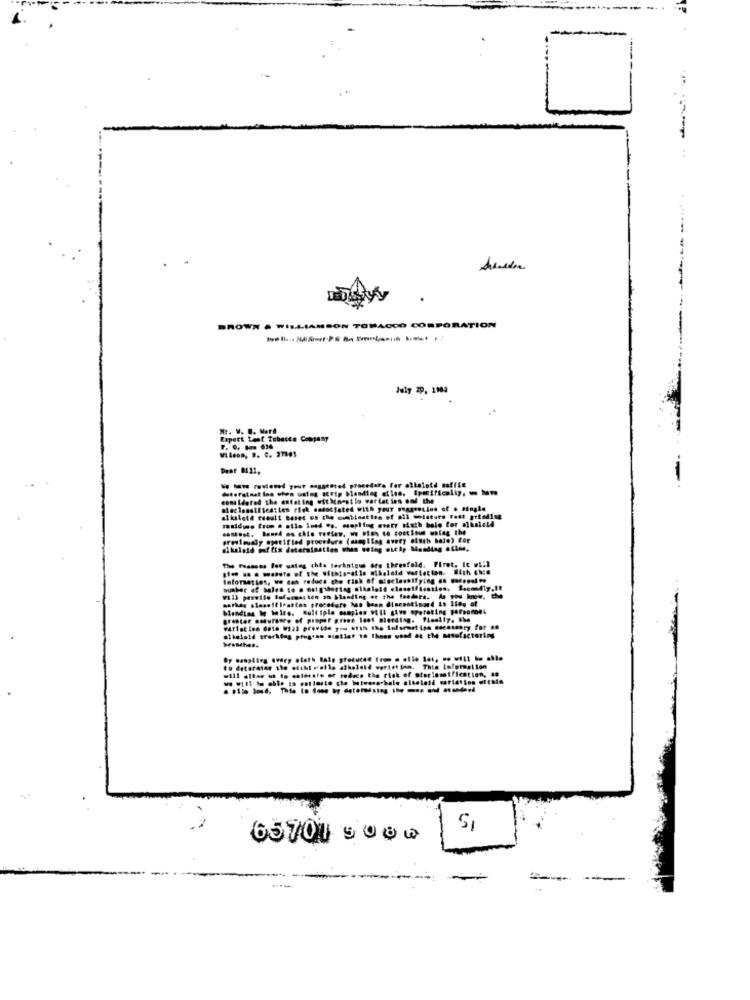
---
BROWN . WILLIAMSON TOBACCO CORPORATION
Nr. .. .. Werd
Expert Leof Tobacco Company
WLleon, D. C. 27895
-
considered the entating wit Mnestle wartet inn and the
previously agetified procedure (maapitag avery oisch balo) for
The reasons for uatag chia technique ore theenfold. Firet. It will
. .. . masste of the vithis-aile cibalaid vartetten. With chie
Information, we can reduce the risk of sieclesifying . .....
Vill pensile Bafamest ten om blanding et the feature. As you know, the
blending Wy belte. Gult iple cumplen will give operating personnes
greater omhurance of proper green last shording. Finally. She
branches.
fo detarator the sithi rails atbeleid warist inm. This information
65701 5000